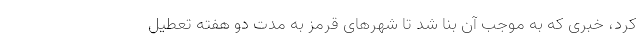
کرد، خبری که به موجب آن بنا شد تا شهر‌های قرمز به مدت دو هفته تعطیل